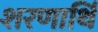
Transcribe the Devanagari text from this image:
शरणार्थि